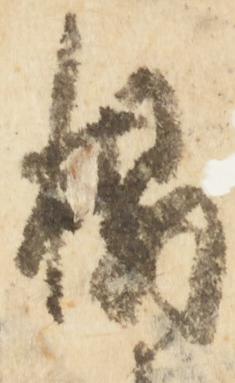
榻